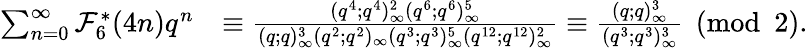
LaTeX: \begin{array}{rl}{\sum_{n=0}^{\infty}\mathcal{F}_{6}^{*}(4n)q^{n}}&{\equiv\frac{(q^{4};q^{4})_{\infty}^{2}(q^{6};q^{6})_{\infty}^{5}}{(q;q)_{\infty}^{3}(q^{2};q^{2})_{\infty}(q^{3};q^{3})_{\infty}^{5}(q^{12};q^{12})_{\infty}^{2}}\equiv\frac{(q;q)_{\infty}^{3}}{(q^{3};q^{3})_{\infty}^{3}}\pmod 2.}\end{array}